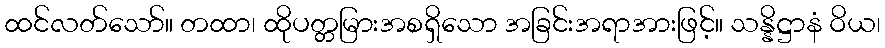
ထင်လတ်သော်။ တထာ၊ ထိုပတ္တမြားအစရှိသော အခြင်းအရာအားဖြင့်။ သန္နိဋ္ဌာနံ ဝိယ၊